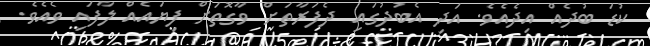
ކުޑަ ބުދެއް އިދެއެވެ. އަދި އެބުދުގައި ދެފަރާތަށް ވާގޮތަށް ފިޔައެއް ލާފައި ވެއެވެ.